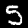
Label: 5